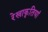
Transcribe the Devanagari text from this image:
रेखाकृतियां